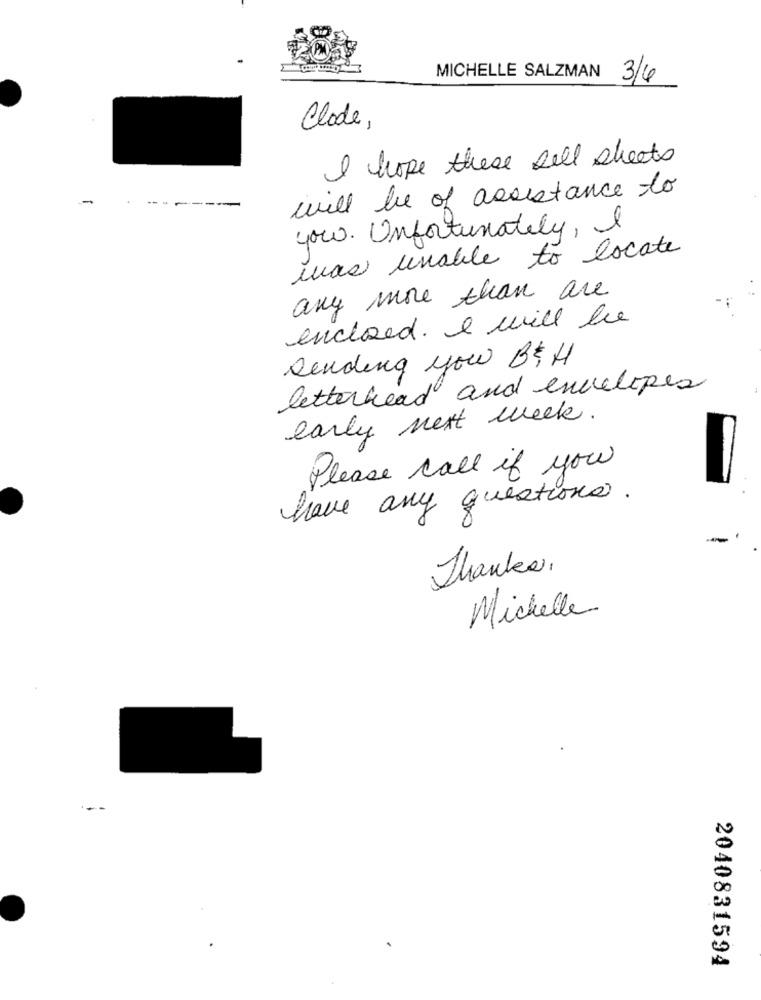
MICHELLE SALZMAN
3/4
Clode,
I hope these sell sheets
will be of assistance to
-
you. Unfortunately, I
was unable to locate
any more than are
enclosed. I will be
Sending you B& H
letterhead and envelopes
early next week.
Please call if you
have any questions.
Thankes,
Michelle
2040831594